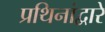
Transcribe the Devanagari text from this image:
प्रथिनांद्वारे